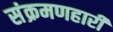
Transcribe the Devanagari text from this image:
संक्रमणहारी